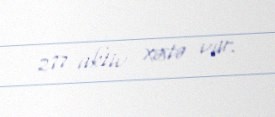
277 aktiv xəstə var.